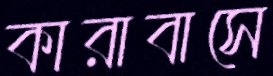
কারাবাসে